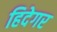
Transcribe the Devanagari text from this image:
हिदेगर